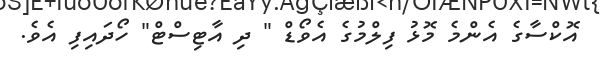
އޮކްސާގެ އެންމެ މޮޅު ފިލްމުގެ އެވޯޑް " ދި އާޓިސްޓް" ހޯދައިފި އެވެ.